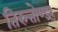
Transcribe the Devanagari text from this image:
तिरुत्तोण्डर्